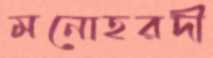
মনোহরদী